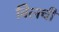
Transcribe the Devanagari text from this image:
बिलची